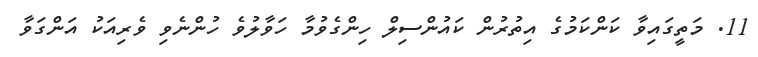
11. މަތީގައިވާ ކަންކަމުގެ އިތުރުން ކައުންސިލް ހިންގެވުމާ ހަވާލުވެ ހުންނެވި ވެރިއަކު އަންގަވާ